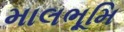
માલભૂમિ